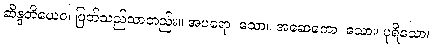
ဆိန္ဒတိယေဝ၊ ပြတ်သည်သာတည်း။ အပရော၊ သော။ အဆေကော၊ သော။ ပုရိသော၊